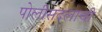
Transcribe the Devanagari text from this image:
पोलीसदलाची